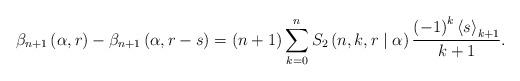
LaTeX: \begin{align*}\beta_{n+1}\left( \alpha,r\right) -\beta_{n+1}\left( \alpha,r-s\right)=\left( n+1\right) \sum_{k=0}^{n}S_{2}\left( n,k,r\mid\alpha\right)\frac{\left( -1\right) ^{k}\left\langle s\right\rangle _{k+1}}{k+1}.\end{align*}